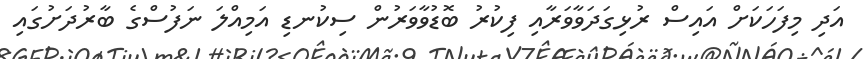
އަދި މިފަހަކަށް އައިސް ރުޅިގަދަވާވަރާއި ފިކުރު ބޮޑުވާވަރުން ސިކުނޑި އަމިއްލަ ނަފުސްގެ ބާރުދަށުގައި